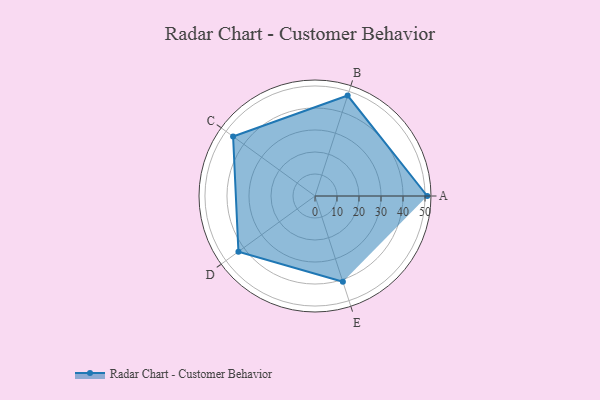
{"axis": {"x": "Skill", "y": "Score"}, "legend": ["Profile"], "data": [{"x": "A", "y": 51.0, "type": "Profile"}, {"x": "B", "y": 48.0, "type": "Profile"}, {"x": "C", "y": 46.0, "type": "Profile"}, {"x": "D", "y": 43.0, "type": "Profile"}, {"x": "E", "y": 41.0, "type": "Profile"}]}